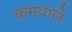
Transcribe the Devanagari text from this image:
क्रमवाले